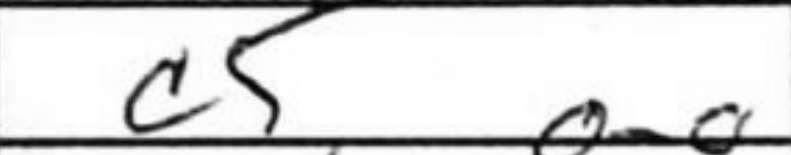
Transcription: c5